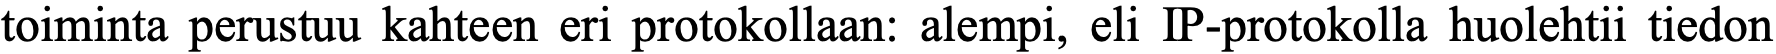
toiminta perustuu kahteen eri protokollaan: alempi, eli IP-protokolla huolehtii tiedon